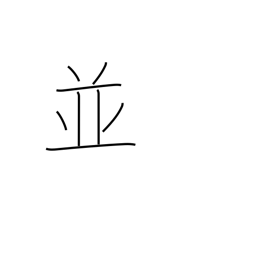
Meaning: as well as